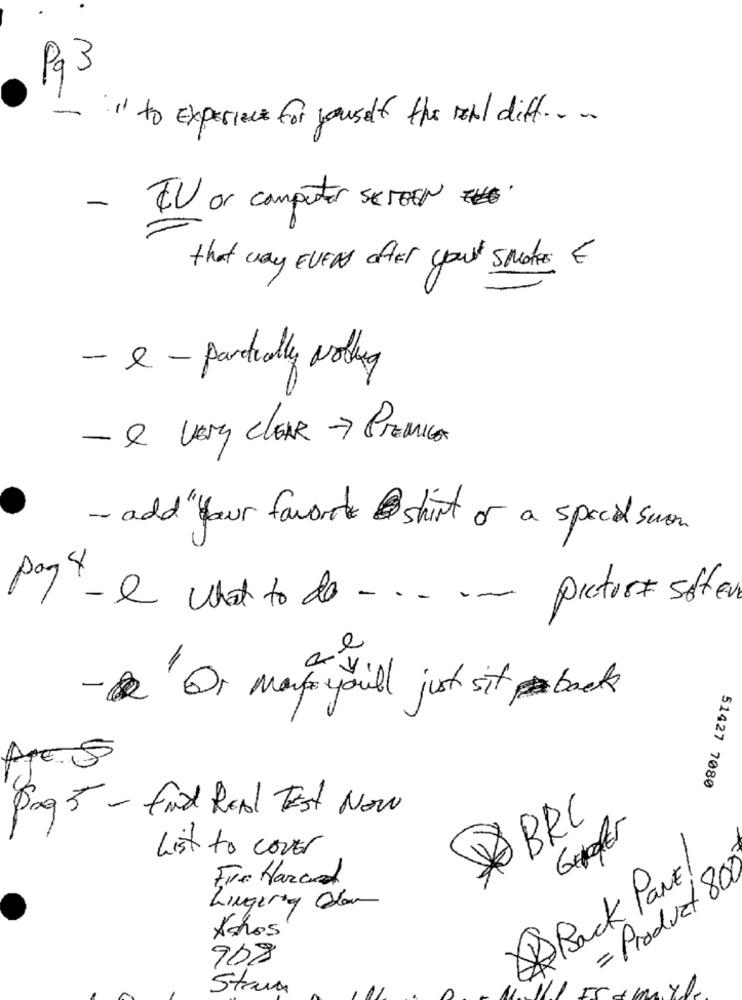
Pq3
-
"It to Experience for youself the real diff .....
- EU or computer screen
that way EVEN after your smetEs E
- e- partially working
- e VERY CLEAR -> PREMIGAS
- add " your favorite shirt or a speed suom
picture soffer
pag 4- what to do .....
e
- & Q1 many you'll just sit back
APES
51427 7080
Pag 5 - find REAL TEst Now
BRC
List to cover
Fire Hazard
Back PaNE
= Product 80
Lingerry Okan
Achas
908
Strun